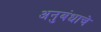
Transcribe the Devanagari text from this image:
अनुबंधाचे